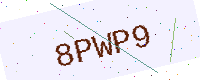
Text: 8PWP9